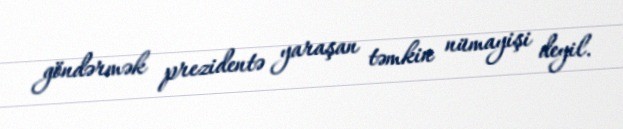
göndərmək prezidentə yaraşan təmkin nümayişi deyil.